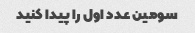
سومین عدد اول را پیدا کنید